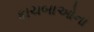
કાચબાઓના